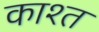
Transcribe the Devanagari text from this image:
काश्‍त